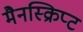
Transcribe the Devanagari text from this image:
मैनस्क्रिप्ट